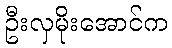
ဦးလှမိုးအောင်က